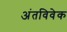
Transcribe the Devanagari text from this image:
अंतविवेक